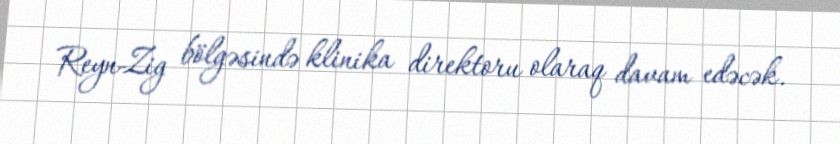
Reyn-Zig bölgəsində klinika direktoru olaraq davam edəcək.